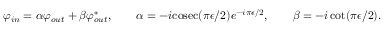
\varphi _ { i n } = \alpha \varphi _ { o u t } + \beta \varphi _ { o u t } ^ { * } , \qquad \alpha = - i \mathrm { c o s e c } ( \pi \epsilon / 2 ) e ^ { - i \pi \epsilon / 2 } , \qquad \beta = - i \cot ( \pi \epsilon / 2 ) .